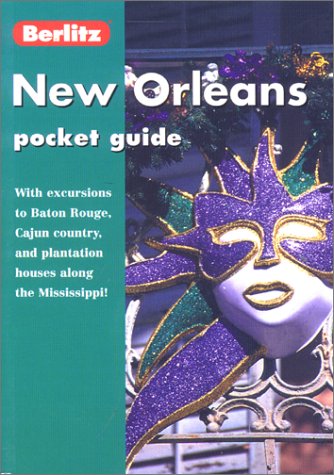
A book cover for New Orleans (Berlitz Pocket Guides); Travel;